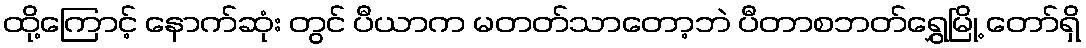
ထို့ကြောင့် နောက်ဆုံး တွင် ပီယာက မတတ်သာတော့ဘဲ ပီတာစဘတ်ရွှေမြို့ တော်ရှိ